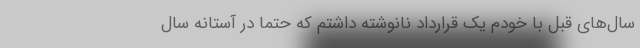
سال‌های قبل با خودم یک قرارداد نانوشته داشتم که حتماً در آستانه سال